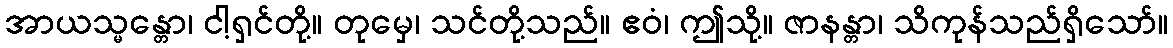
အာယသ္မန္တော၊ ငါ့ရှင်တို့။ တုမှေ၊ သင်တို့သည်။ ဧဝံ၊ ဤသို့။ ဇာနန္တာ၊ သိကုန်သည်ရှိသော်။